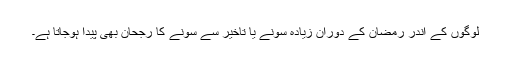
لوگوں کے اندر رمضان کے دوران زیادہ سونے یا تاخیر سے سونے کا رجحان بھی پیدا ہوجاتا ہے۔